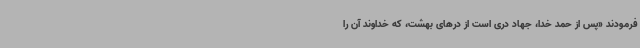
فرمودند «پس از حمد خدا، جهاد دری است از درهای بهشت، که خداوند آن را